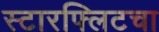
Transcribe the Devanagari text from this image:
स्टारफ्लिटचा